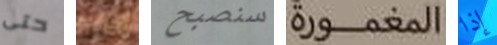
حتى يكون سنصبح المغمورة إذا